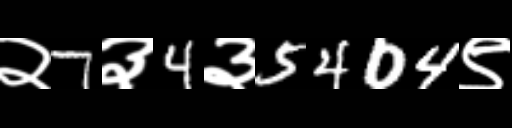
Text: २7३4३5404९